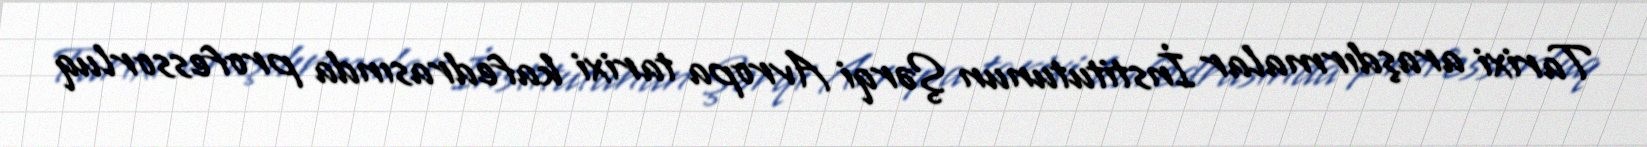
Tarixi araşdırmalar İnstitutunun Şərqi Avropa tarixi kafedrasında professorluq